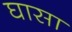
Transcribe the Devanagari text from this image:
घासा